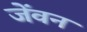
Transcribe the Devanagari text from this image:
जेंवन